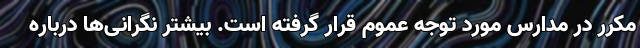
مکرر در مدارس مورد توجه عموم قرار گرفته است. بیشتر نگرانی‌ها درباره